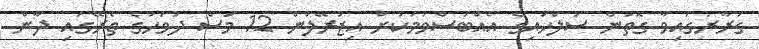
ގަރާރުގައިވާ ގޮތުން ސުލްހައިގެ އެއްބަސްވުމަކަށް އިޒުރޭލުން 12 މަސް ދުވަހުގެ ތެރޭގައި ދާން